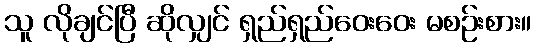
သူ လိုချင်ပြီ ဆိုလျှင် ရှည်ရှည်ဝေးဝေး မစဉ်းစား။